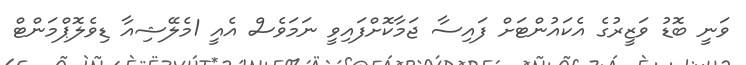
ވަނީ ބޮޑު ވަޒީރުގެ އެކައުންޓަށް ފައިސާ ޖަމާކޮށްފައިވީ ނަމަވެސް އެއީ 1މެލޭޝިއާ ޑިވެލޮޕްމަންޓް